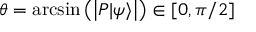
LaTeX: \theta = \arcsin \left( \left| P | \psi \rangle \right| \right) \in [ 0 , \pi / 2 ]